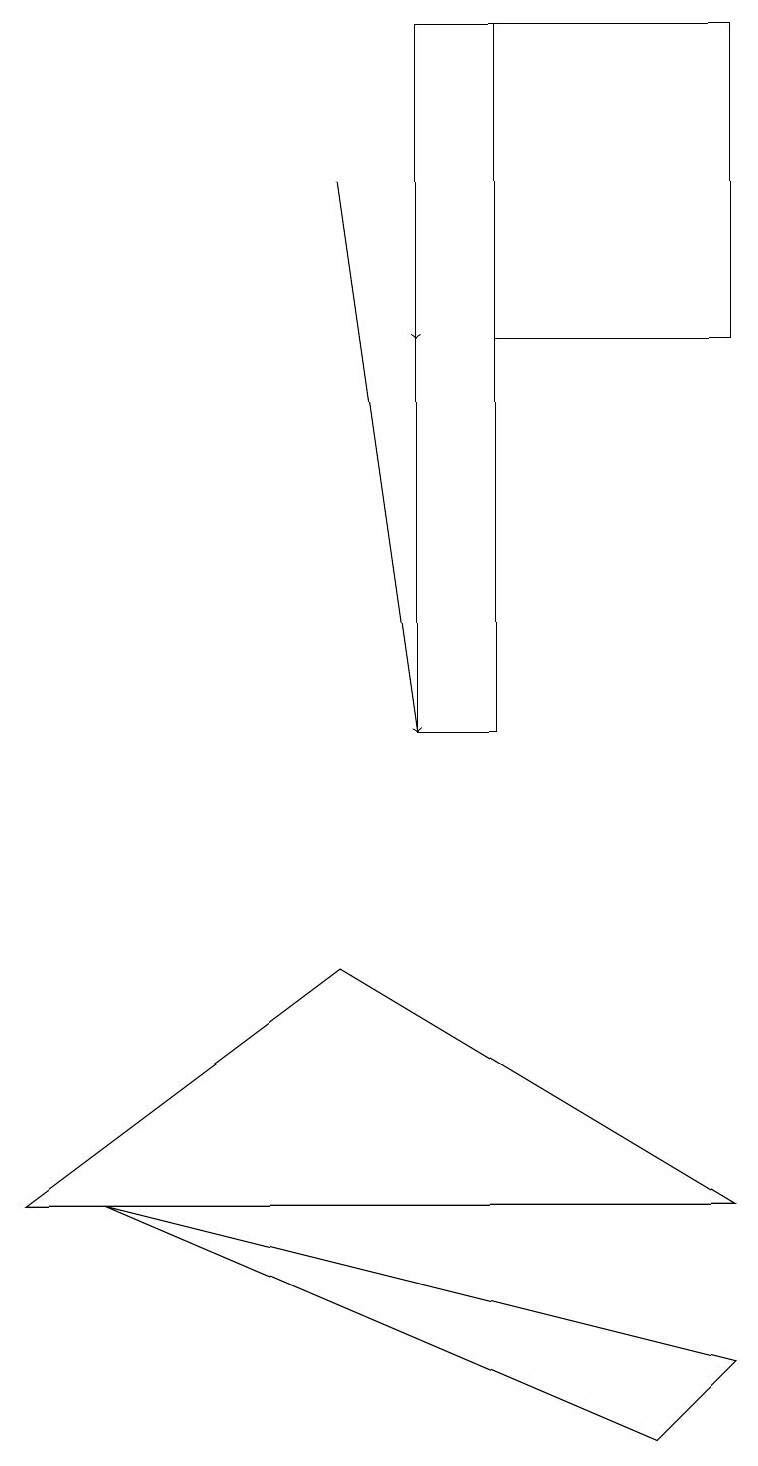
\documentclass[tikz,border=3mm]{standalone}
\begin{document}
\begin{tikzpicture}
\draw (9,15) rectangle (6,19);
\draw (5,10) rectangle (6,19);
\draw (0,4) -- (9,4) -- (4,7) -- cycle;
\draw[->] (5,16) -- (5,15);
\draw (9,2) -- (8,1) -- (1,4) -- cycle;
\draw[->] (4,17) -- (5,10);
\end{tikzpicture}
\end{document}